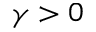
\gamma > 0